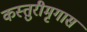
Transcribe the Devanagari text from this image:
कस्तुरीमृगास